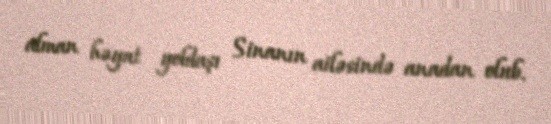
alman həyat yoldaşı Sinanın ailəsində anadan olub.